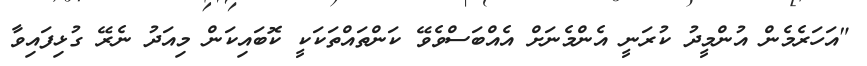
"އަހަރެމެން އުންމީދު ކުރަނީ އެންމެނަށް އެއްބަސްވެވޭ ކަންތައްތަކަކީ ކޮބައިކަން މިއަދު ނެރޭ ގުޅިފައިވާ